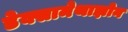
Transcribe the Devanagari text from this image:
डेक्सामेथाझोन